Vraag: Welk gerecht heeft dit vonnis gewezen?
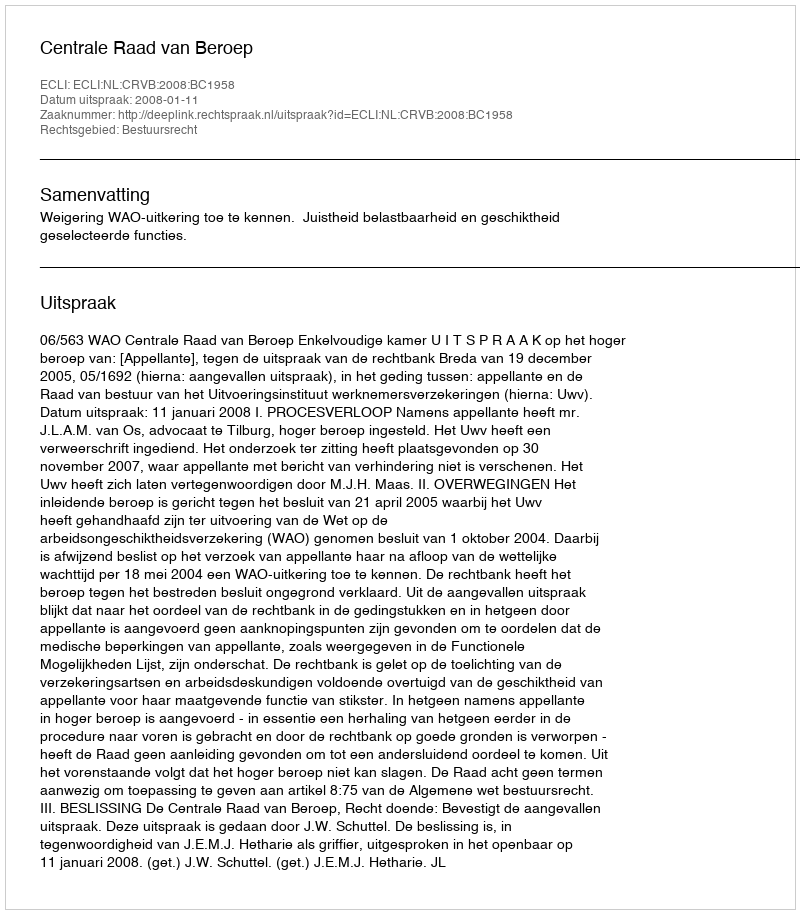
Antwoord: Centrale Raad van Beroep